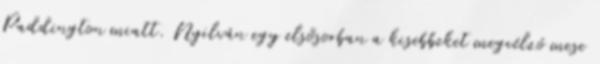
Paddington miatt. Nyilván egy elsősorban a kisebbeket megcélzó mese